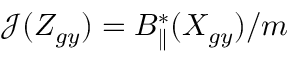
{ \mathcal { J } } ( Z _ { g y } ) = B _ { \parallel } ^ { * } ( X _ { g y } ) / m